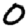
Digit: 0